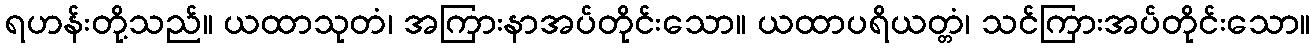
ရဟန်းတို့သည်။ ယထာသုတံ၊ အကြားနာအပ်တိုင်းသော။ ယထာပရိယတ္တံ၊ သင်ကြားအပ်တိုင်းသော။